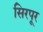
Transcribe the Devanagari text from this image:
सिरपूर